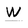
Character: W